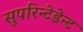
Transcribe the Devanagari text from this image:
सुपरिन्टेडेन्ट